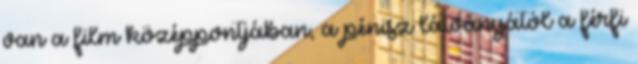
van a film középpontjában, a pénisz látványától a férfi